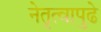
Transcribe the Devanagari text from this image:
नेतृत्वापुढे